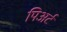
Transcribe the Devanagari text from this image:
पिअर्ट